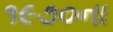
૧૯૭૦ના